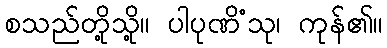
စသည်တို့သို့။ ပါပုဏိံသု၊ ကုန်၏။